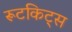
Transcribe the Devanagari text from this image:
रूटकिट्स